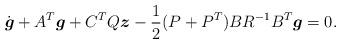
LaTeX: \begin{align*} \dot{\boldsymbol{g}}+A^T\boldsymbol{g}+C^TQ\boldsymbol{z} - \frac{1}{2}(P+P^T) BR^{-1}B^T\boldsymbol{g}=0. \end{align*}